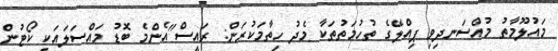
މައުލޫމާތު މުއްސަނދިވި ޕިއްލޭގެ ތުހުމަތުތަކާ މެދު ހިތާމަކުރަން: ރައީސް"އެންމެ ބޮޑު މައްސަލައަކީ ކޯޓުން